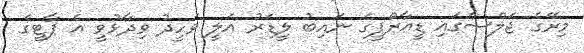
މިރޭގެ ޖަލްސާގައި ޑީއާރްޕީގެ ނައިބު ލީޑަރު އަލީ ވަހީދު ވިދާޅުވީ އެ ޕާޓީގެ